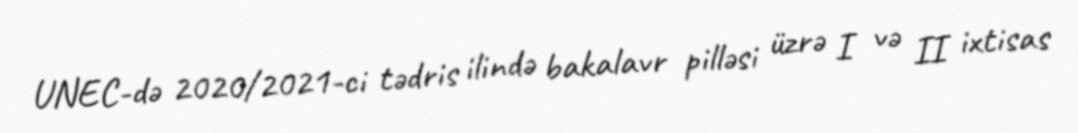
UNEC-də 2020/2021-ci tədris ilində bakalavr pilləsi üzrə I və II ixtisas